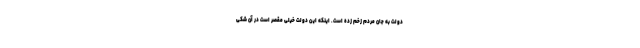
دولت به جان مردم زخم زده است. اینکه این دولت خیلی مقصر است در آن شکی